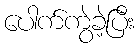
ပေါက်ကွဲခဲ့ပြီး